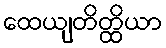
ထေယျတိတ္ထိယာ